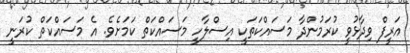
އަރީފް ވިދާޅުވީ ކުރަމުންދާ މަސައްކަތަކީ އިސްލާހީ މަސައްކަތް ކަމަށެވެ. އެ މަސައްކަތް ކުރަނީ